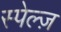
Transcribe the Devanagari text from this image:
स्पेल्ज़